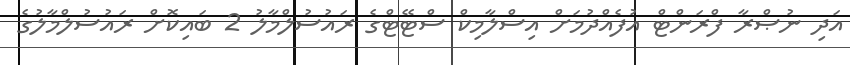
އަދި ނުޞްރާ ފްރަންޓް އުފެއްދުމަށް އިސްލާމިކް ސްޓޭޓްގެ ރައުސުލްމާލު 2 ބައިކޮށް ރައުސުލްމާލުގެ